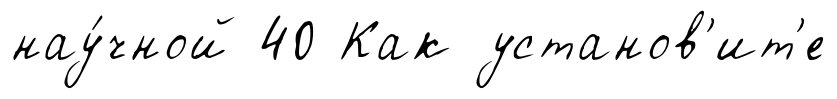
нау́чной 40 Как установ'ит'е